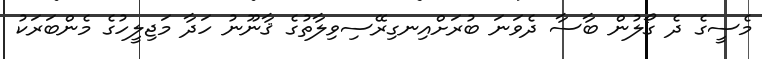
މެސީގެ ދެ ގޯލުން ބާސާ ދެވަނަ ބުރަށްއިނގިރޭސިވިލާތުގެ ޤާނޫނު ހަދާ މަޖިލީހުގެ މެންބަރަކު